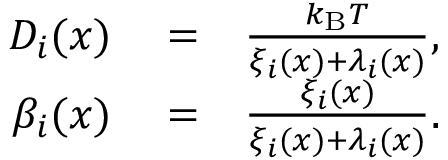
\begin{array} { r l r } { D _ { i } ( x ) } & { { } = } & { \frac { k _ { \mathrm { B } } T } { \xi _ { i } ( x ) + \lambda _ { i } ( x ) } , } \\ { \beta _ { i } ( x ) } & { { } = } & { \frac { \xi _ { i } ( x ) } { \xi _ { i } ( x ) + \lambda _ { i } ( x ) } . } \end{array}